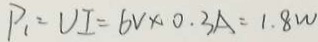
P _ { 1 } = V I = 6 V \times 0 . 3 A = 1 . 8 W